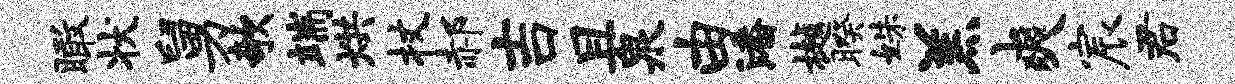
瞰状舅欹端烘杖郝吉且泉由潘樾暌姝羔爽宸君